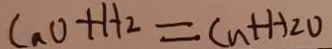
C a O + H _ { 2 } = C u + H _ { 2 } O